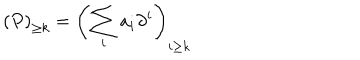
\left( P \right) _ { \geq k } = \left( \sum _ { i } a _ { i } \partial ^ { i } \right) _ { i \geq k }